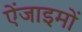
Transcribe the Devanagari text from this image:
ऐंजाइमों